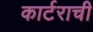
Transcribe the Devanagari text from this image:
कार्टराची